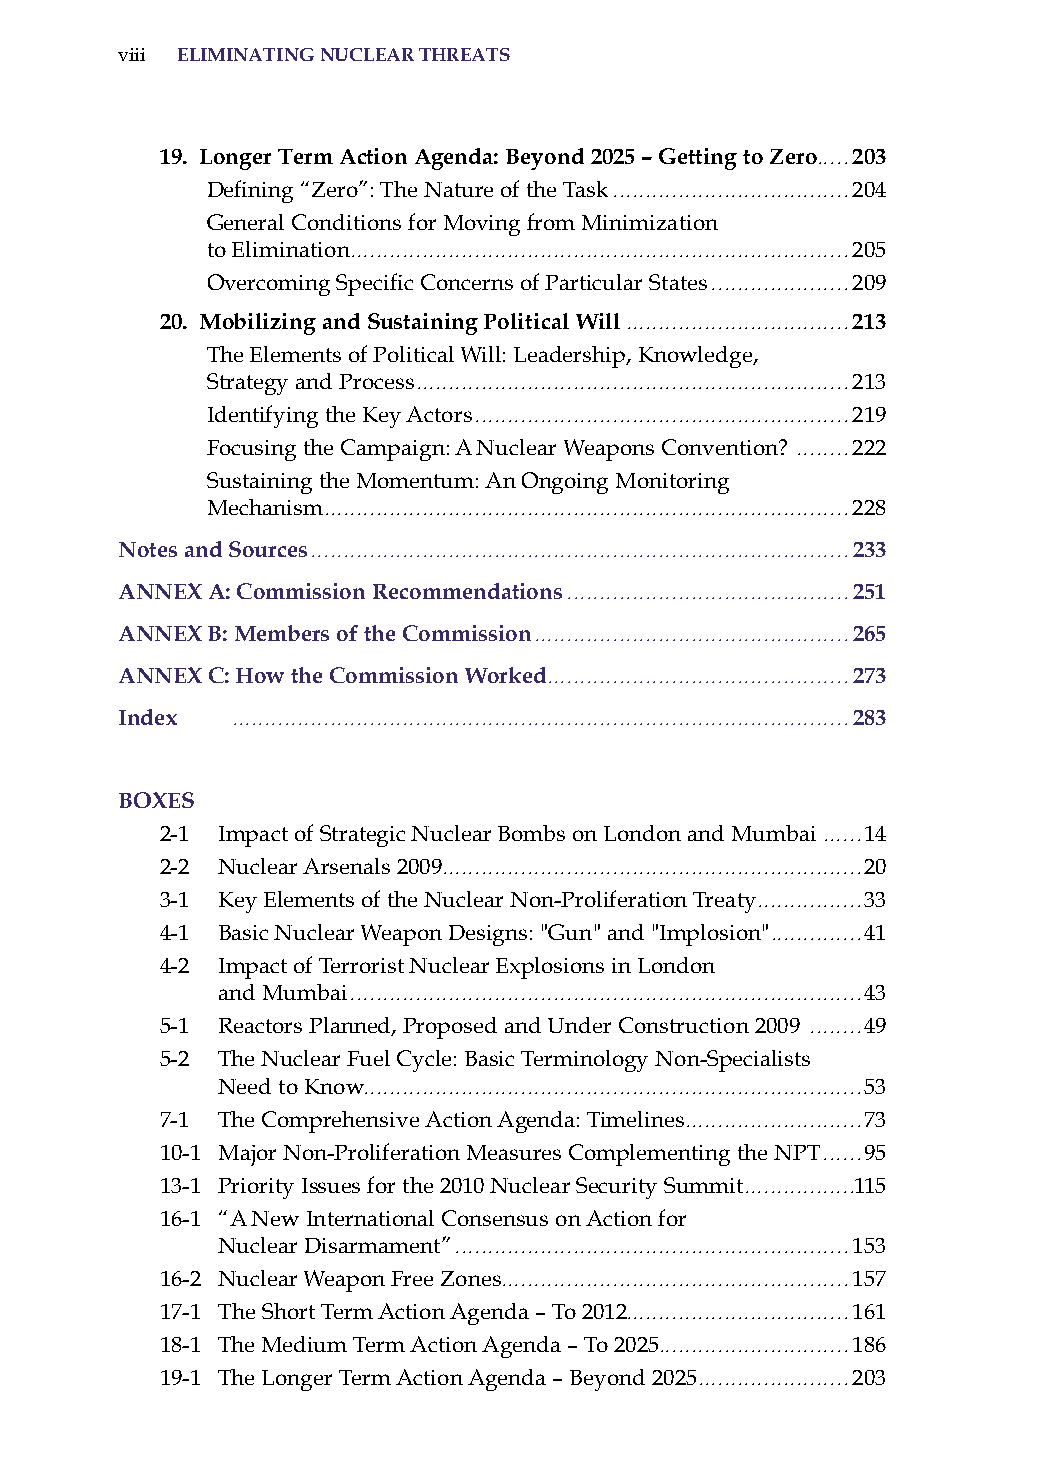
viii eliminatinG nuclear threats
 19. longer term action agenda: Beyond 2025 – Getting to zero.....203
 Defining “Zero”: The Nature of the Task ....................................204
 General Conditions for Moving from Minimization
 to Elimination............................................................................205
 Overcoming Specific Concerns of Particular States .....................209
 20. mobilizing and sustaining Political will ..................................213
 The Elements of Political Will: Leadership, Knowledge,
 strategy and Process..................................................................213
 identifying the Key actors .........................................................219
 Focusing the Campaign: a Nuclear Weapons Convention? ........222
 sustaining the Momentum: an ongoing Monitoring
 Mechanism................................................................................228
 notes and sources ..................................................................................233
 annex a: commission recommendations ...........................................251
 annex B: members of the commission................................................265
 annex c: how the commission worked..............................................273
 index  ..............................................................................................283
 Boxes
 2-1 impact of strategic Nuclear Bombs on London and Mumbai ......14
 2-2 Nuclear arsenals 2009................................................................20
 3-1 Key Elements of the Nuclear Non-Proliferation Treaty................33
 4-1 Basic Nuclear Weapon Designs: "Gun" and "implosion"..............41
 4-2 impact of Terrorist Nuclear Explosions in London
 and Mumbai ..............................................................................43
 5-1 reactors Planned, Proposed and Under Construction 2009 ........49
 5-2 The Nuclear Fuel Cycle: Basic Terminology Non-specialists
 Need to Know............................................................................53
 7-1 The Comprehensive action agenda: Timelines...........................73
 10-1 Major Non-Proliferation Measures Complementing the NPT ......95
 13-1 Priority issues for the 2010 Nuclear security summit.................115
 16-1 “a New international Consensus on action for
 Nuclear Disarmament” ............................................................153
 16-2 Nuclear Weapon Free Zones.....................................................157
 17-1 The short Term action agenda – To 2012..................................161
 18-1 The Medium Term action agenda – To 2025.............................186
 19-1 The Longer Term action agenda – Beyond 2025.......................203